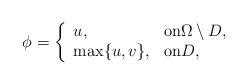
\begin{align*} \phi=\left\{ \begin{array}{ll}u, &{\rm on}\Omega \setminus D,\\ \max\{u, v\}, &{\rm on} D,\end{array}\right. \end{align*}